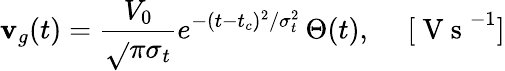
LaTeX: \mathbf{v}_{g}(t)=\frac{{V_{0}}}{{\sqrt{}{{\pi}}\sigma_{t}}}e^{-(t-t_{c})^{2}/\sigma_{t}^{2}}\, \Theta(t),\quad\mathrm{{~[~V~s~}}^{-1}]